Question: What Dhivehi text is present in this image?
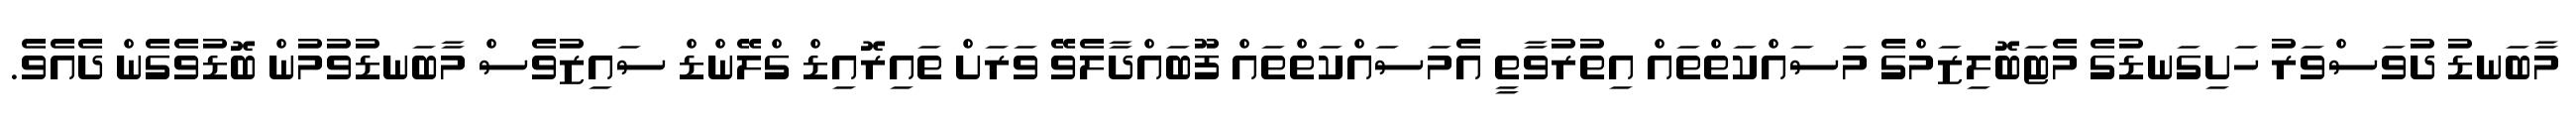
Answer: މާބަނޑު ދުވަސްވަރު ހަށިގަނޑުގެ މެޓަބޮލިޒަމްގެ މަސައްކަތްތައް އިތުރުވާތީ އެމަސައްކަތްތައް ފޫބައްދާލެވޭ ވަރަށް ތައިރޮއިޑް ގްލޭންޑް ސައިޒުވެސް މާބަނޑުވުމުން ބޮޑުވެގެން ދެއެވެ.